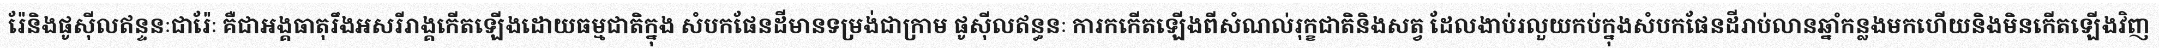
រ៉ែនិងផូស៊ីលឥន្ទនៈជារ៉ែៈ គឺជាអង្គធាតុរឹងអសរីរាង្គកើតឡើងដោយធម្មជាតិក្នុង សំបកផែនដីមានទម្រង់ជាក្រាម ផូស៊ីលឥន្ធនៈ ការកកើតឡើងពីសំណល់រុក្ខជាតិនិងសត្វ ដែលងាប់រលួយកប់ក្នុងសំបកផែនដីរាប់លានឆ្នាំកន្លងមកហើយនិងមិនកើតឡើងវិញ